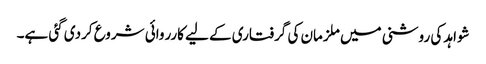
شواہد کی روشنی میں ملزمان کی گرفتاری کے لیے کارروائی شروع کردی گئی ہے۔